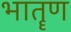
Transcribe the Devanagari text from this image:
भातॄण